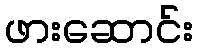
ဖားဆောင်း